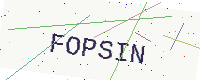
Text: FOPSIN